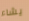
يشاء